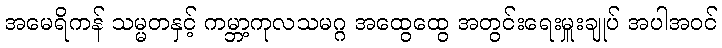
အမေရိကန် သမ္မတနှင့် ကမ္ဘာ့ကုလသမဂ္ဂ အထွေထွေ အတွင်းရေးမှူးချုပ် အပါအဝင်